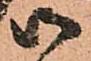
御